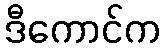
ဒီကောင်က